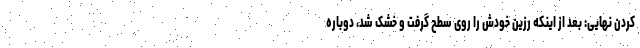
کردن نهایی: بعد از اینکه رزین خودش را روی سطح گرفت و خشک شد، دوباره